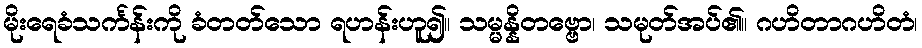
မိုးရေခံသင်္ကန်းကို ခံတတ်သော ရဟန်းဟူ၍။ သမ္မန္နိတဗ္ဗော၊ သမုတ်အပ်၏။ ဂဟိတာဂဟိတံ၊